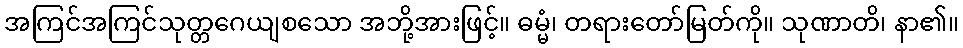
အကြင်အကြင်သုတ္တဂေယျစသော အဘို့အားဖြင့်။ ဓမ္မံ၊ တရားတော်မြတ်ကို။ သုဏာတိ၊ နာ၏။